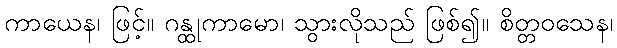
ကာယေန၊ ဖြင့်။ ဂန္ထုကာမော၊ သွားလိုသည် ဖြစ်၍။ စိတ္တဝသေန၊